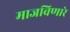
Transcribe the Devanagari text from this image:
माजविणारे